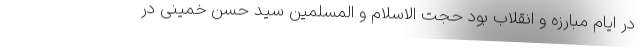
در ایام مبارزه و انقلاب بود حجت الاسلام و المسلمین سید حسن خمینی در